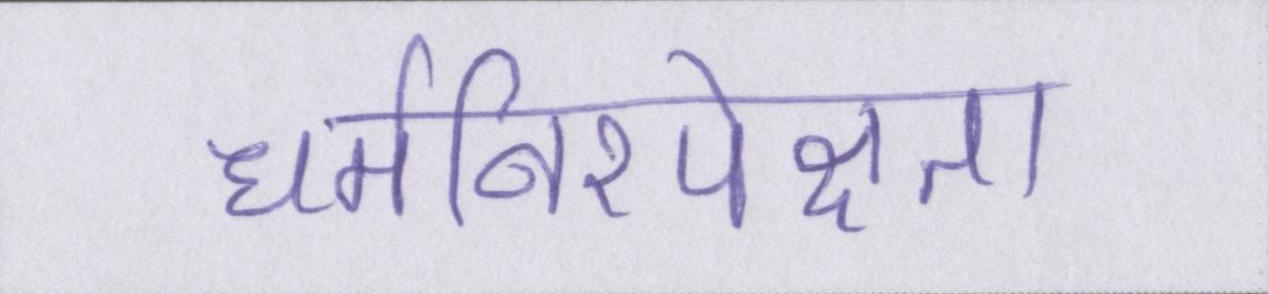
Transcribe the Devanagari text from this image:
धर्मनिरपेक्षता